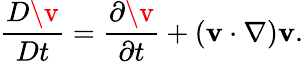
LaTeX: \frac{D\v}{Dt}=\frac{\partial\v}{\partial t}+(\mathbf{v}\cdot\nabla)\mathbf{v}.